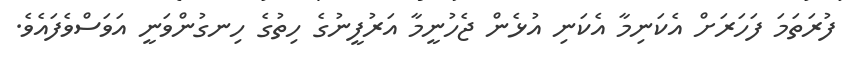
ފުރަތަމަ ފަހަރަށް އެކަނިމާ އެކަނި އުޅެން ޖެހުނީމާ އަރުފީނުގެ ހިތުގެ ހިނގުންވަނީ އަވަސްވެފައެވެ.